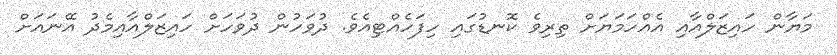
މަޔާން ހައިޒަލްއާއި އެއްހަމަޔަށް ތިރިވެ ކޮނޑުގައި ހިފަހެއްޓިއެވެ. ދުވަހުން ދުވަހަށް ހައިޒަލްއާއިމެދު އޭނައަށް